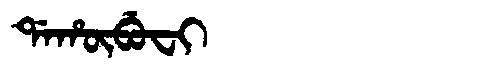
Manchu: ᡩᠠᡥᡡᠪᡠᠸᡳ
Romanization: DAHŪBUFI